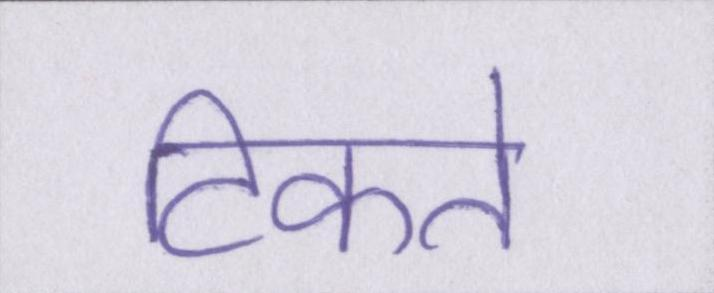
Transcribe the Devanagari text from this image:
टिकते